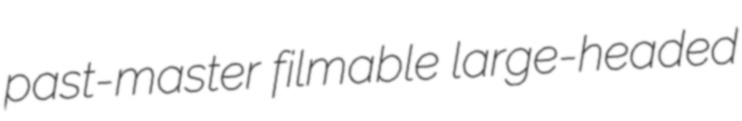
past-master filmable large-headed